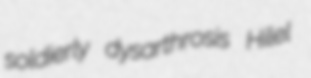
soldierly dysarthrosis Hilel